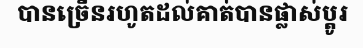
បានច្រើនរហូតដល់គាត់បានផ្លាស់ប្តូរ